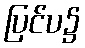
ပြင်ပ၌